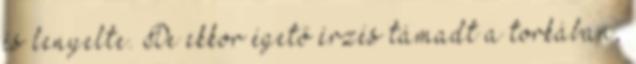
és lenyelte. De ekkor égető érzés támadt a torkában,